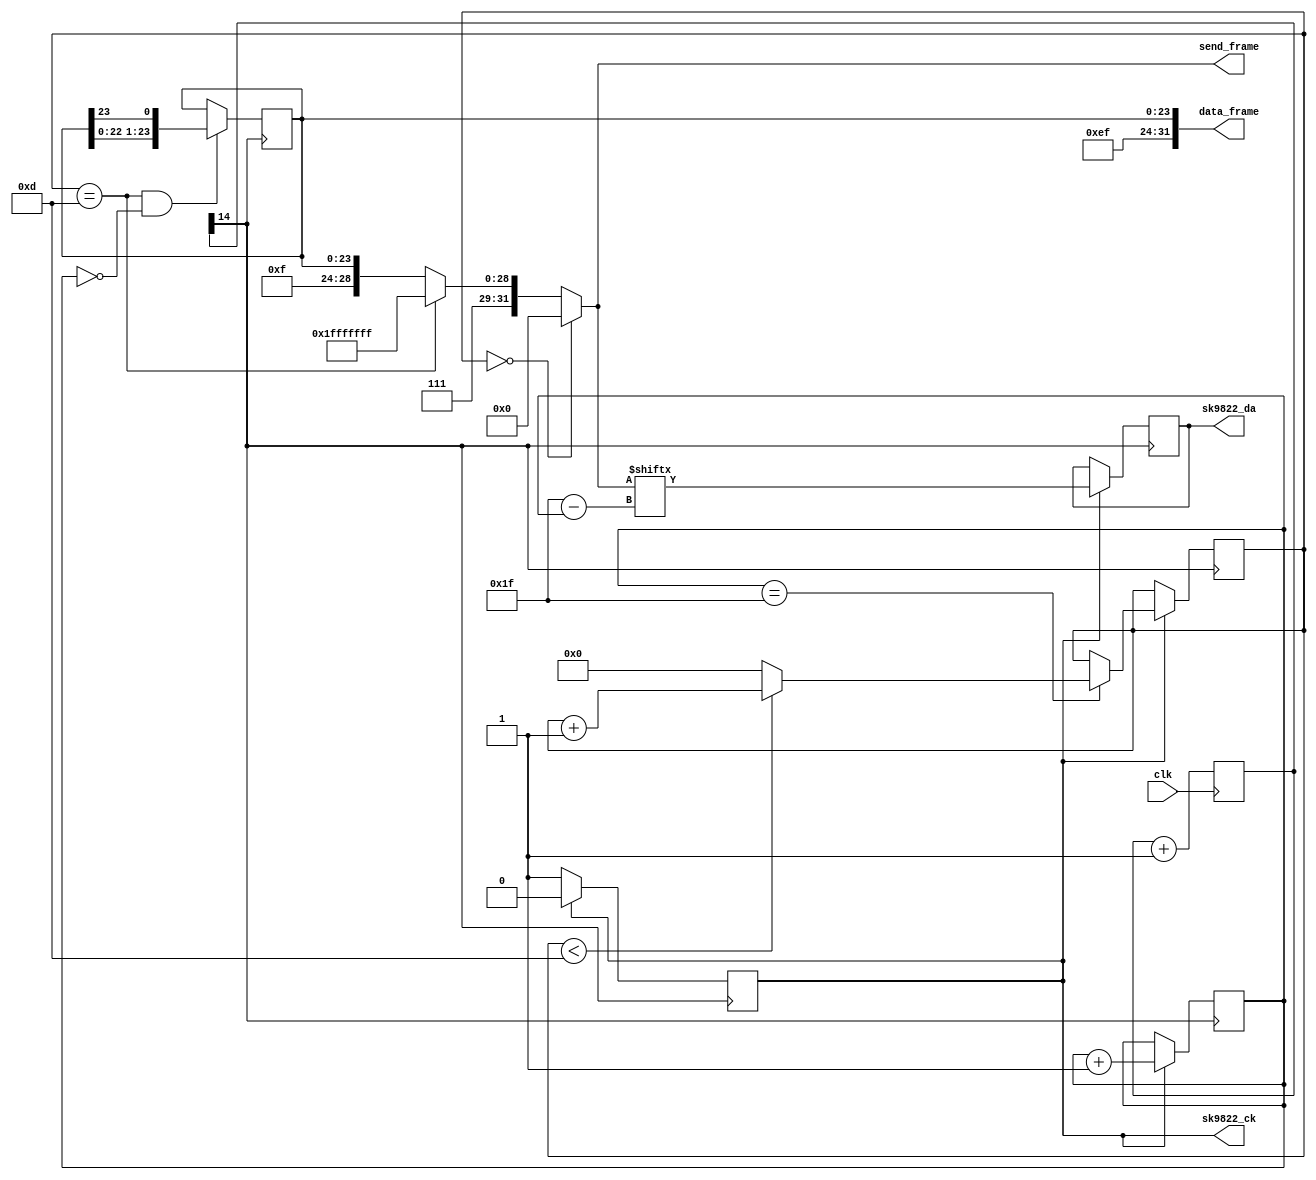
module top (
	input 		clk,    // Clock
	
	output [31:0] data_frame,
	output reg[31:0] send_frame,

	output reg	sk9822_ck,
	output reg  sk9822_da
);

parameter SD9822_NUM = 12;//

parameter FRAME_LEN  = 32;//

//
parameter START_FRAME = 32'H00000000;
//
parameter END_FRAME   = 32'HFFFFFFFF;
//
parameter LED_LIGHT = 5'B01111; //
reg [23:0] data_rgb = 24'h000001; //
// wire [31:0] data_frame = {3'b111,LED_LIGHT,data_rgb};
assign data_frame = {3'b111,LED_LIGHT,data_rgb};

//clk  1M
parameter CLK_FRE = 50_000_000;
reg [23:0] clk_delay;
wire clk_slow = clk_delay[14];
always@(posedge clk) clk_delay <= clk_delay + 1;

//
// reg [31:0] send_frame;
reg [6:0] send_frame_cnt = 0;
reg [4:0] send_bit_cnt = 0;
reg 	  send_bit;
always@(posedge clk_slow)
	if(!sk9822_ck)begin //
		sk9822_ck <= 1;
	end
	else begin     //
		sk9822_ck <= 0;
		sk9822_da <= send_frame[(FRAME_LEN - 1) - send_bit_cnt];
		send_bit_cnt <= send_bit_cnt + 1;
		
		if(send_bit_cnt == FRAME_LEN - 1)
			send_frame_cnt <= (send_frame_cnt < (SD9822_NUM + 1))? send_frame_cnt + 1 : 0;
	end
	
//
always@(*)
	if(send_frame_cnt == 0)
		send_frame = START_FRAME;
	else if(send_frame_cnt == (SD9822_NUM + 1))
		send_frame = END_FRAME;
	else
		send_frame = data_frame;

//
always@(posedge clk_slow)
	if(send_frame_cnt ==(SD9822_NUM + 1) & send_bit_cnt == 0)
		data_rgb <= {data_rgb[22:0],data_rgb[23]};//24RGB

endmodule